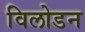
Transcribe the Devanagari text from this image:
विलोडन